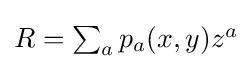
{\textstyle R=\sum _{a}p_{a}(x,y)z^{a}}